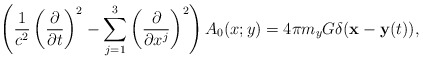
\begin{align*}\left( \frac{1}{c^{2}} \left( \frac{\partial}{\partial t} \right)^{2} -\sum_{j = 1}^{3} \left( \frac{\partial }{\partial x^{j}} \right)^{2} \right)A_{0}(x;y) = 4\pi m_{y}G \delta ({\bf x} - {\bf y}(t)),\end{align*}